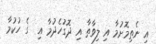
އި ނެތިމޮށުމާ އި ލިވާތާ އި ދޮގުހެދުމާ އި  ގެ ހުކުމާ